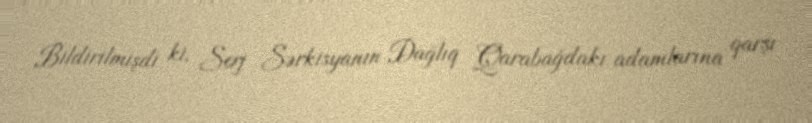
Bildirilmişdi ki, Serj Sərkisyanın Dağlıq Qarabağdakı adamlarına qarşı